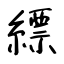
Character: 縹